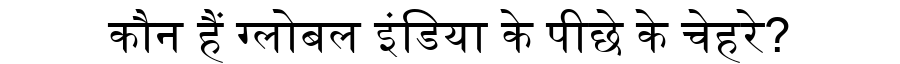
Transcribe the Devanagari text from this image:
कौन हैं ग्लोबल इंडिया के पीछे के चेहरे?